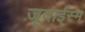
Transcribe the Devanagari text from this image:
जूदाईस्म